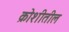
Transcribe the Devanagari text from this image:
क्रोशीतील